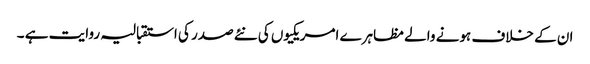
ان کے خلاف ہونے والے مظاہرے امریکیوں کی نئے صدر کی استقبالیہ روایت ہے ۔